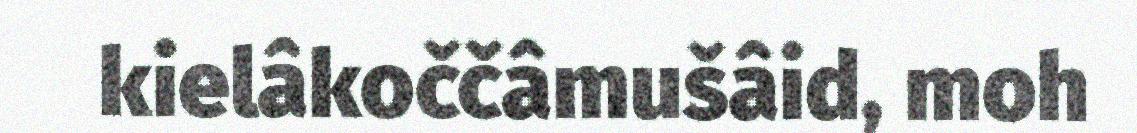
kielâkoččâmušâid, moh